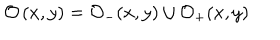
\mathcal { O } \left( x , y \right) = \mathcal { O } _ { - } ( x , y ) \cup \mathcal { O } _ { + } ( x , y )